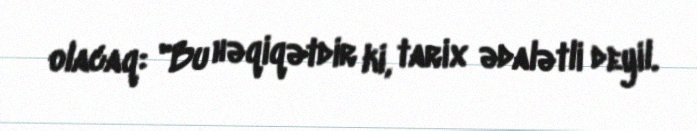
olacaq: "Bu həqiqətdir ki, tarix ədalətli deyil.